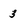
Character: 3